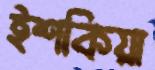
ইশকিয়া